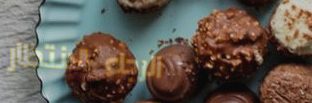
الرجاء الانتظار